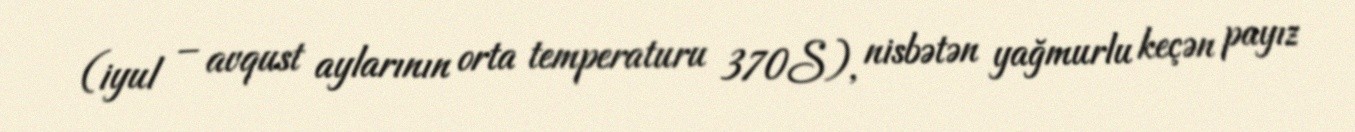
(iyul – avqust aylarının orta temperaturu 370S), nisbətən yağmurlu keçən payız